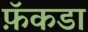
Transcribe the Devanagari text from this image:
फ़ॅकडा